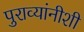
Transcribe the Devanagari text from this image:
पुराव्यांनीशी